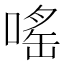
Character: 嗂